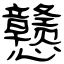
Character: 戆